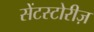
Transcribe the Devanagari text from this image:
सेंटस्टोरीज़